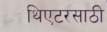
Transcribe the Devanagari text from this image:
थिएटरसाठी